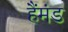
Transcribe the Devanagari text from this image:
हैंमंड